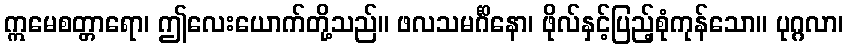
ဣမေစတ္တာရော၊ ဤလေးယောက်တို့သည်။ ဖလသမင်္ဂိနော၊ ဖိုလ်နှင့်ပြည့်စုံကုန်သော။ ပုဂ္ဂလာ၊